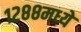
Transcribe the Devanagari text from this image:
१२८८मध्ये